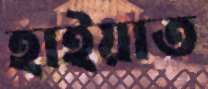
হাইয়াত